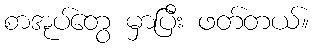
စာအုပ်တွေ မှာပြီး ဖတ်တယ်။